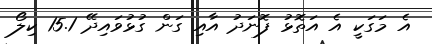
އެ މަގަކީ އެ އަތޮޅު ފޮނަދު އާއި ގަން ގުޅުވައިދޭ 15.1 ކިލޯ